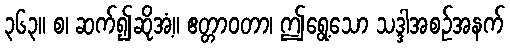
၃၆၃။ စ၊ ဆက်၍ဆိုအံ့။ ဧတ္တာဝတာ၊ ဤရွေ့သော သဒ္ဒါအစဉ်အနက်